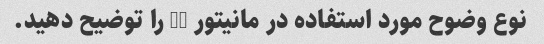
نوع وضوح مورد استفاده در مانیتور 4K را توضیح دهید.